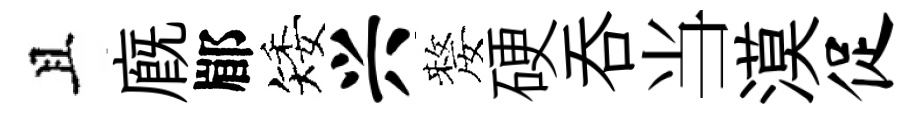
且廐郿矮兴嫠硬呑当漠促